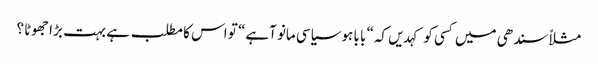
مثلاً سندھی میں کسی کو کہدیں کہ“ با با ہوسیاسی مانو آہے“ تو اس کا مطلب ہے بہت بڑا جھوٹا ؟